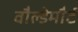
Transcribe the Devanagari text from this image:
वौल्डेमौर्ट